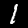
Label: 1